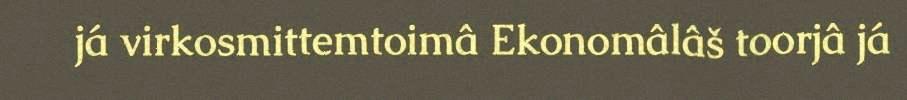
já virkosmittemtoimâ Ekonomâlâš toorjâ já